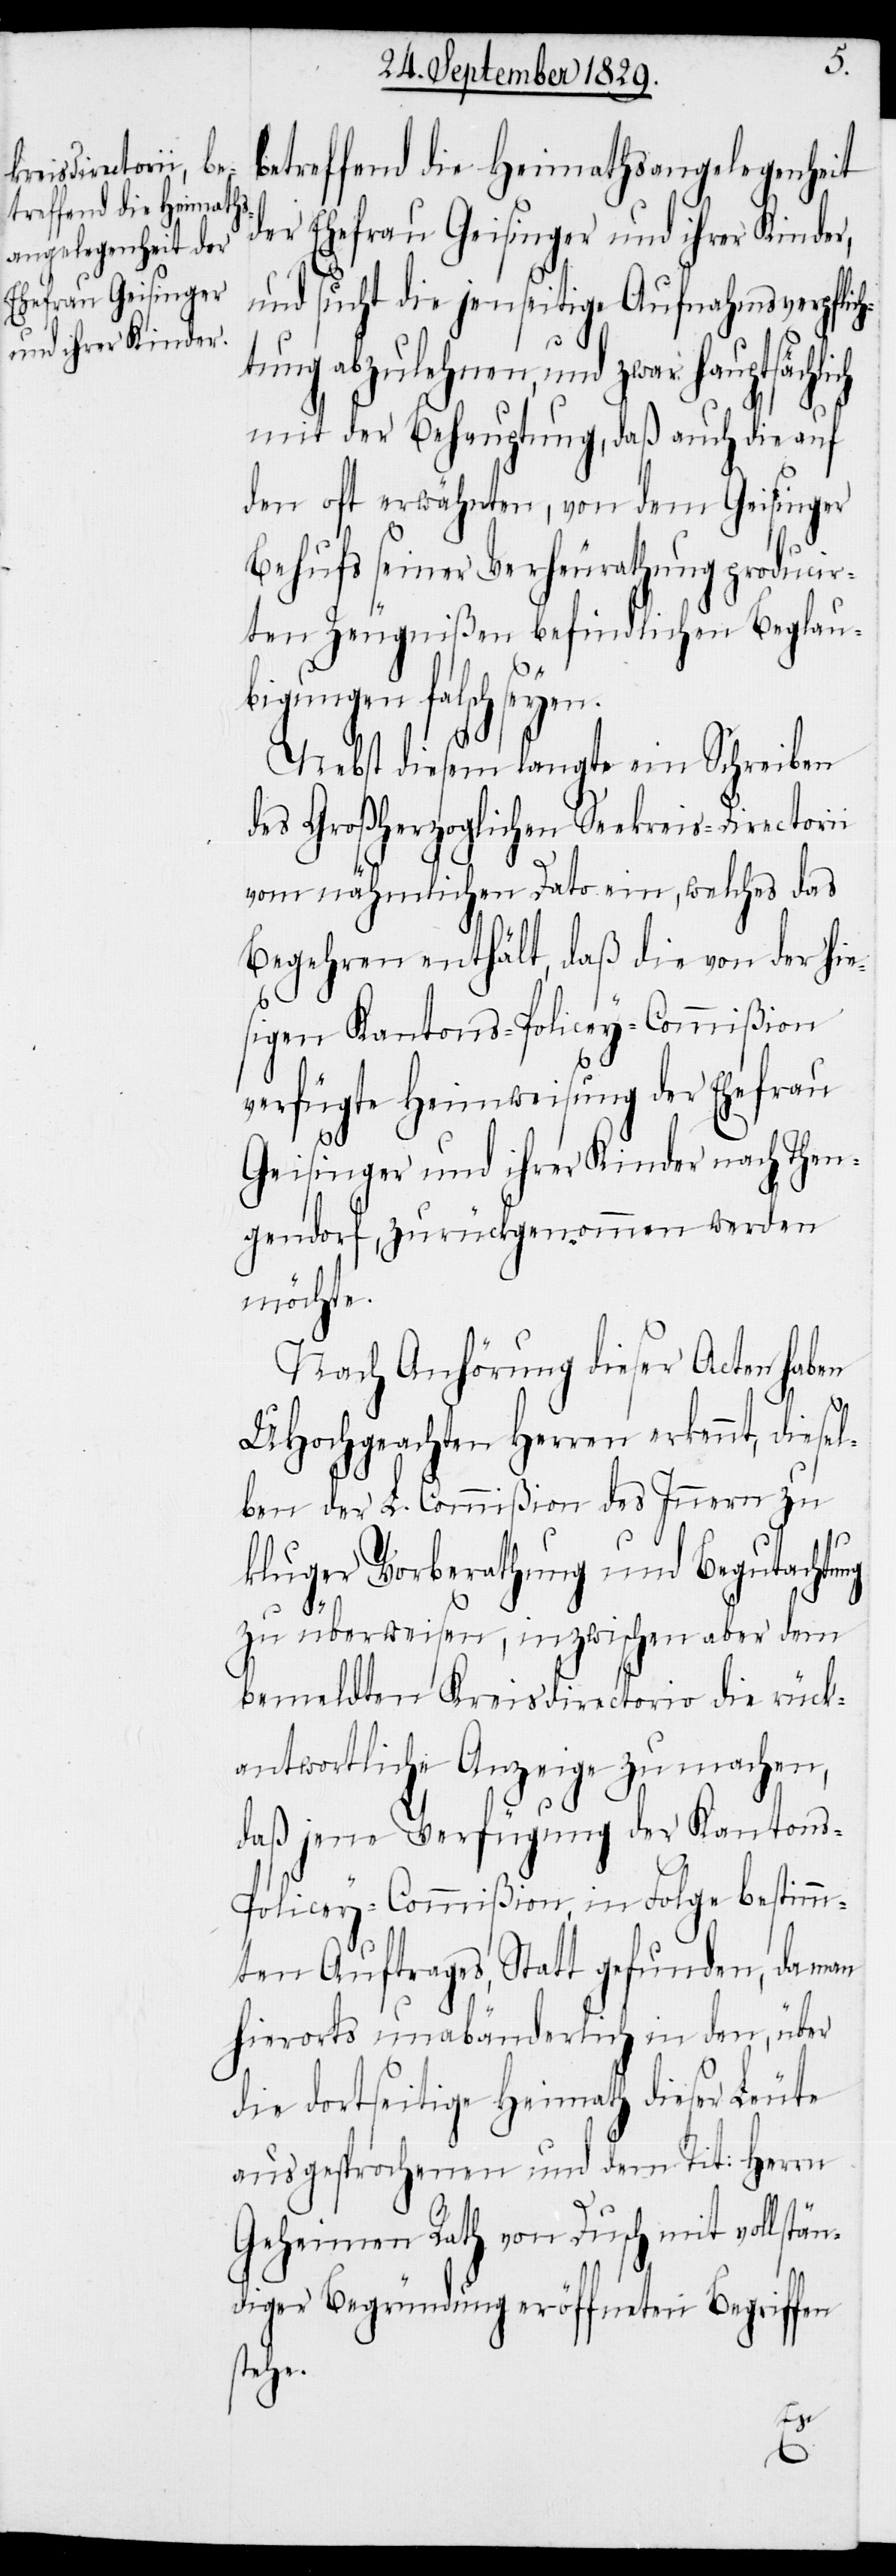
betreffend die Heimathsangelegenheit
der Ehefrau Geisinger und ihrer Kinder,
und sucht die jenseitige Aufnahmsverpflich¬
tung abzulehnen, und zwar hauptsächl¬
mit der Behauptung, daß auch die auf
den oft erwähnten, von dem Geisinger
Behufs seiner Verheurathung producir¬
ten Zeugnißen befindlichen Beglau¬
bigungen falsch seyen.
Nebst diesem langte ein Schreiben
des Großherzoglichen Seekreis-Directorii
vom nähmlichen Dato ein, welches das
Begehren enthält, daß die von der hie¬
sigen Kantons-Polizey-Commißion
verfügte Heimweisung der Ehefrau
Geisinger und ihrer Kinder nach Then¬
gendorf, zurückgenommen werden
möchte.
Nach Anhörung dieser Acten haben
UHochgeachten Herren erkennt, diese¬
lben der L. Commißion des Innern zu
kluger Vorberathung und Begutachtung
zu überweisen, inzwischen aber dem
bemeldten Kreisdirectorio die rück¬
antwortliche Anzeige zu machen,
daß jene Verfügung der Kanton¬
s-Polizey-Commißion, in Folge bestimm¬
ten Auftrages, Statt gefunden, da man
hierorts unabänderlich in den, über
die dortseitige Heimath dieser Leute
ausgesprochenen und dem Tit: Herrn
Geheimen Rath von Dusch mit vollstän¬
diger Begründung eröffneten Begriffen
stehe.
ich